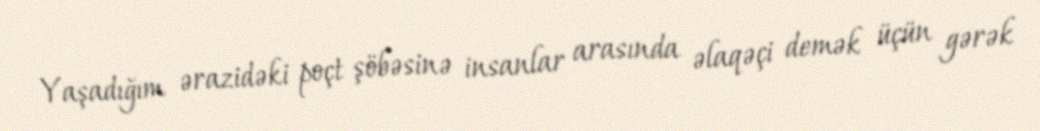
Yaşadığım ərazidəki poçt şöbəsinə insanlar arasında əlaqəçi demək üçün gərək